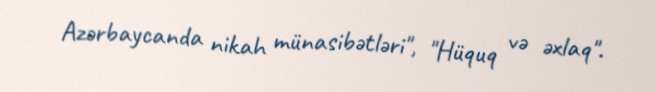
Azərbaycanda nikah münasibətləri", "Hüquq və əxlaq".